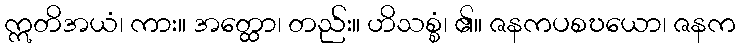
ဣတိအယံ၊ ကား။ အတ္ထော၊ တည်း။ ဟိသစ္စံ၊ ၏။ ဇနကပစဎယော၊ ဇနက